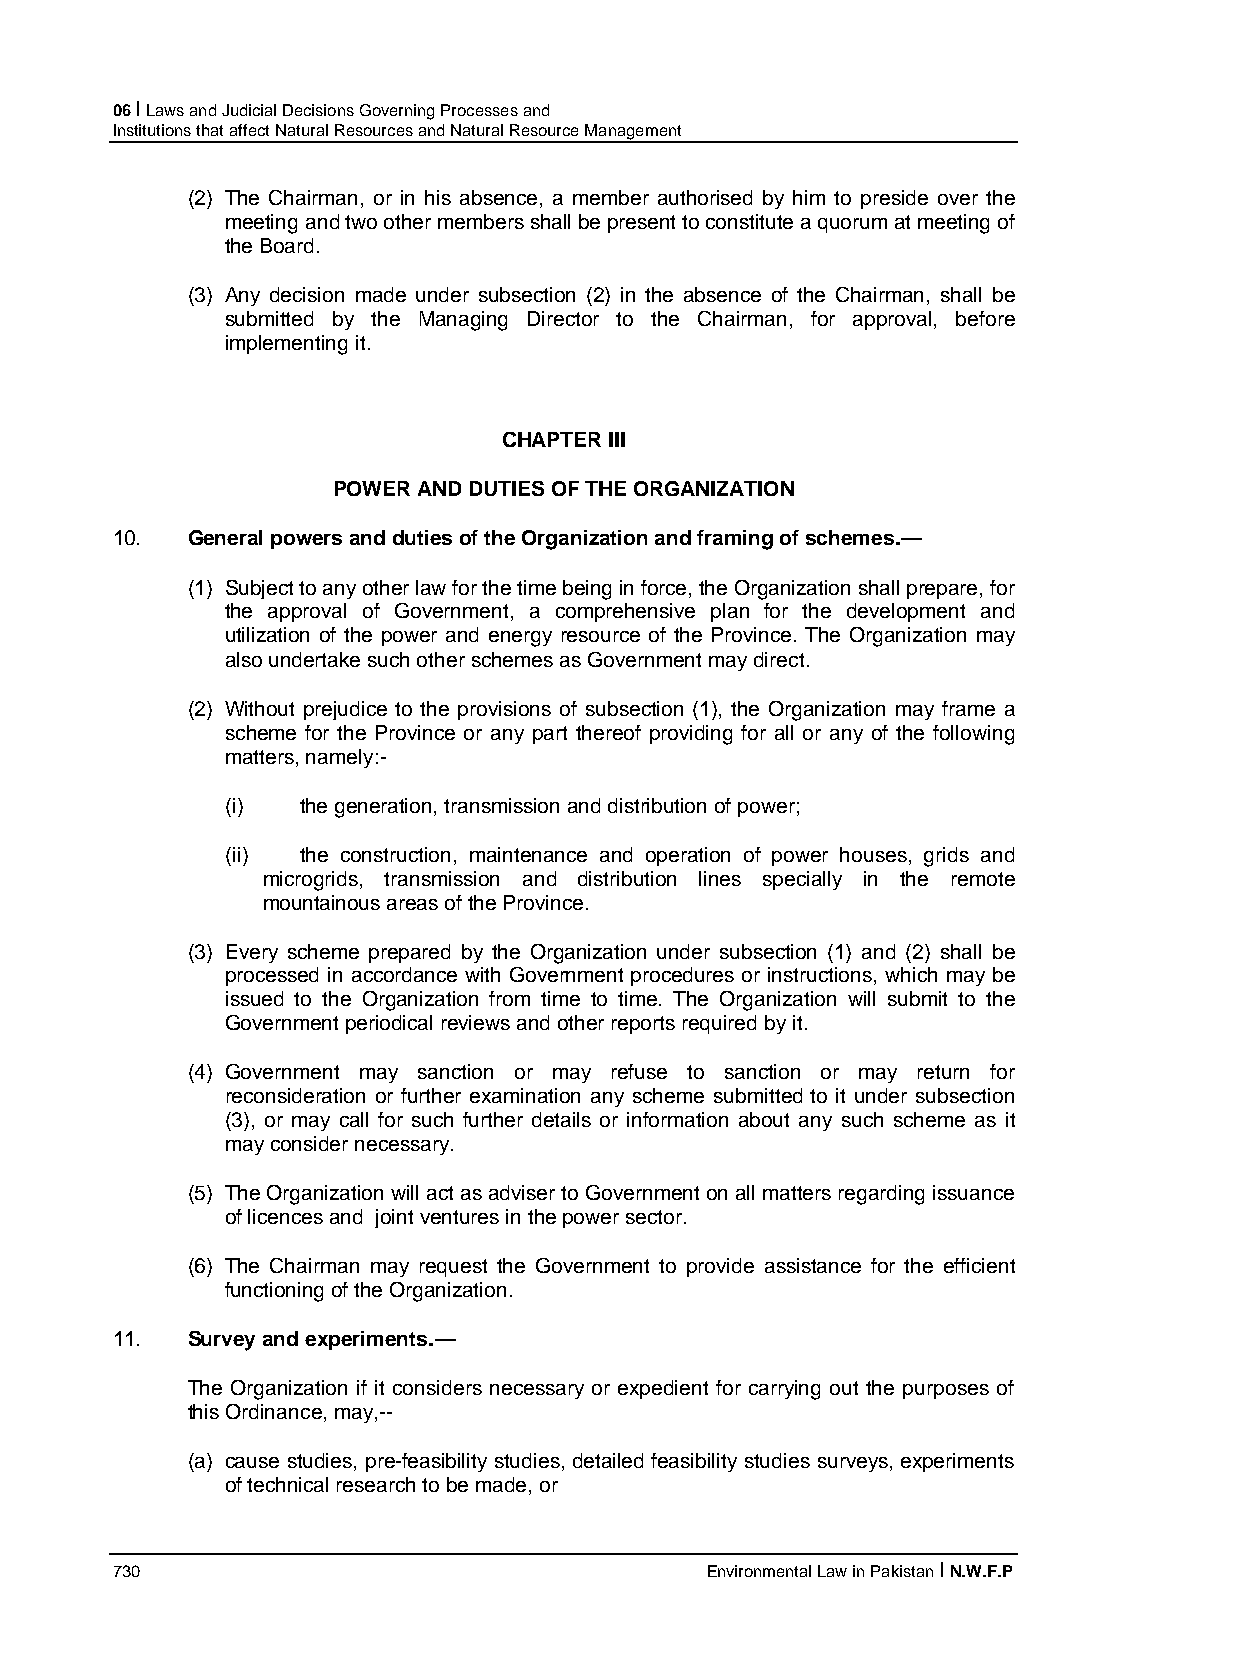
06 I Laws and Judicial Decisions Governing Processes and
 Institutions that affect Natural Resources and Natural Resource Management
 (2) The Chairman, or in his absence, a member authorised by him to preside over the
 meeting and two other members shall be present to constitute a quorum at meeting of
 the Board.
 (3) Any decision made under subsection (2) in the absence of the Chairman, shall be
 submitted by the Managing Director to the Chairman, for approval, before
 implementing it.
 CHAPTER III
 POWER AND DUTIES OF THE ORGANIZATION
 10.  General powers and duties of the Organization and framing of schemes.—
 (1) Subject to any other law for the time being in force, the Organization shall prepare, for
 the approval of Government, a comprehensive plan for the development and
 utilization of the power and energy resource of the Province. The Organization may
 also undertake such other schemes as Government may direct.
 (2) Without prejudice to the provisions of subsection (1), the Organization may frame a
 scheme for the Province or any part thereof providing for all or any of the following
 matters, namely:-
 (i)  the generation, transmission and distribution of power;
 (ii) the construction, maintenance and operation of power houses, grids and
 microgrids, transmission and distribution lines specially in the remote
 mountainous areas of the Province.
 (3) Every scheme prepared by the Organization under subsection (1) and (2) shall be
 processed in accordance with Government procedures or instructions, which may be
 issued to the Organization from time to time. The Organization will submit to the
 Government periodical reviews and other reports required by it.
 (4) Government may sanction or may refuse to sanction or may return for
 reconsideration or further examination any scheme submitted to it under subsection
 (3), or may call for such further details or information about any such scheme as it
 may consider necessary.
 (5) The Organization will act as adviser to Government on all matters regarding issuance
 of licences and joint ventures in the power sector.
 (6) The Chairman may request the Government to provide assistance for the efficient
 functioning of the Organization.
 11.  Survey and experiments.—
 The Organization if it considers necessary or expedient for carrying out the purposes of
 this Ordinance, may,--
 (a) cause studies, pre-feasibility studies, detailed feasibility studies surveys, experiments
 of technical research to be made, or
 730                                     Environmental Law in Pakistan I N.W.F.P